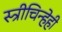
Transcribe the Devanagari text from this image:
स्त्रीचिन्हेही